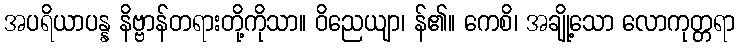
အပရိယာပန္န နိဗ္ဗာန်တရားတို့ကိုသာ။ ဝိညေယျာ၊ န်၏။ ကေစိ၊ အချို့သော လောကုတ္တရာ